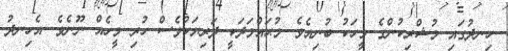
ހިނދުގައި މުޝްރިކުންގެ މީހަކު ބުނިއެވެ. މުޙައްމަދަކީ ދަރިޔަކުވެސް ހުރި މީހެއް ނޫނެވެ. އެހިނދު